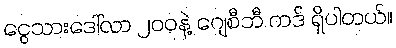
ငွေသားဒေါ်လာ ၂၀၀နဲ့ ဂျေစီဘီ ကဒ် ရှိပါတယ်။